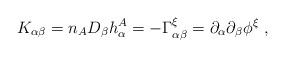
LaTeX: \begin{align*}K_{\alpha\beta} = n_AD_\beta h^A_\alpha = -\Gamma^\xi_{\alpha\beta}= \partial_\alpha\partial_\beta \phi^\xi ~,\end{align*}